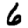
Digit: 6